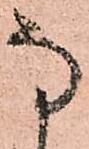
な